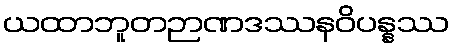
ယထာဘူတဉာဏဒဿနဝိပန္နဿ